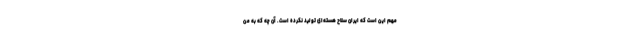
مهم این است که ایران سلاح هسته‌ای تولید نکرده است. آن چه که به من